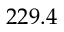
2 2 9 . 4